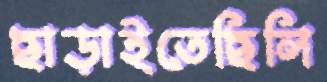
ছাড়াইতেছিলি